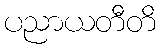
ပညာယတီတိ